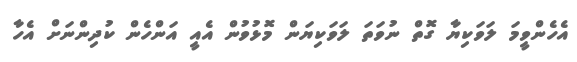
އެހެންވީމަ ލަވަކިޔާ ގޮތް ނުވަތަ ލަވަކިޔަން މޮޅުވުން އެއީ އަންހެން ކުދިންނަށް އެހާ